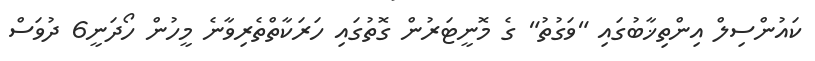
ކައުންސިލް އިންތިޚާބުގައި "ވަގުތު" ގެ މޮނީޓަރުން ގޮތުގައި ހަރަކާތްތެރިވާނެ މީހުން ހޯދަނީ6 ދުވަސް